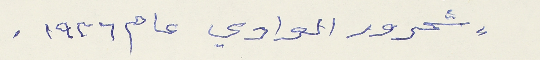
" شحرور الوادي عام ١٩٣٦.